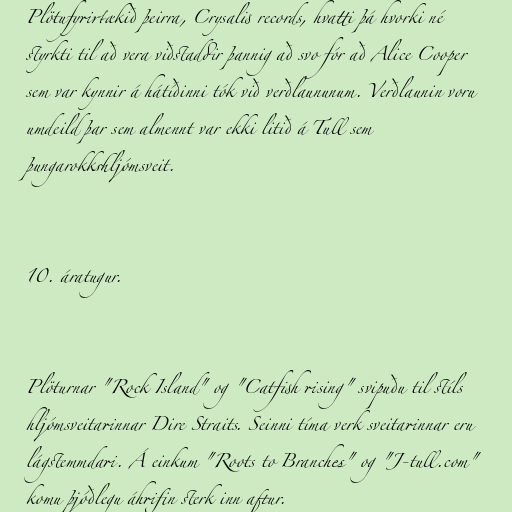
Plötufyrirtækið þeirra, Crysalis records, hvatti þá hvorki né
styrkti til að vera viðstaddir þannig að svo fór að Alice Cooper
sem var kynnir á hátíðinni tók við verðlaununum. Verðlaunin voru
umdeild þar sem almennt var ekki litið á Tull sem
þungarokkshljómsveit.

10. áratugur.

Plöturnar "Rock Island" og "Catfish rising" svipuðu til stíls
hljómsveitarinnar Dire Straits. Seinni tíma verk sveitarinnar eru
lágstemmdari. Á einkum "Roots to Branches" og "J-tull.com"
komu þjóðlegu áhrifin sterk inn aftur.